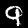
Label: 9